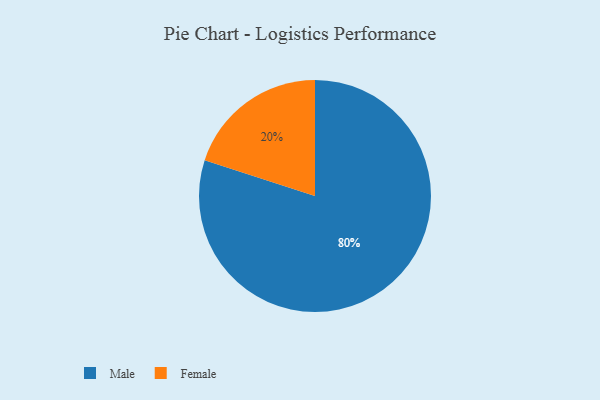
{"axis": {"x": "Category", "y": "Percentage"}, "legend": ["Female", "Male"], "data": [{"x": "Female", "y": 20, "type": "Female"}, {"x": "Male", "y": 80, "type": "Male"}]}